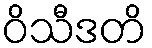
ဝိသီဒတိ